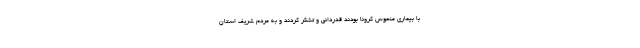
با بیماری منحوس کرونا بودند قدردانی و تشکر کردند و به مردم شریف استان